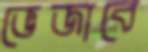
ভেজাবে